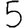
Digit: 5